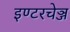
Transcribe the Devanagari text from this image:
इण्टरचेञ्ज